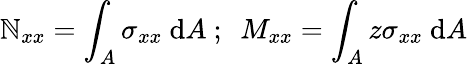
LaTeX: \mathbb{N}_{xx}=\int_{A}\sigma_{xx}~\mathrm{{d}}A~;~~M_{xx}=\int_{A}z\sigma_{xx}~\mathrm{{d}}A